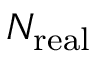
N _ { \mathrm { r e a l } }